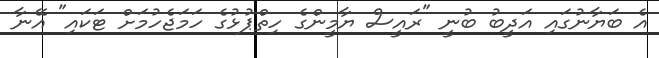
އެ ބަޔާނުގައި އަދީބު ބުނީ "ރައީސް ޔާމީންގެ ހިތްޕުޅުގެ ހަމަޖެހުމަށް ޓަކައި" އޭނާ